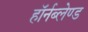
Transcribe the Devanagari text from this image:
हॉर्नब्लेण्ड